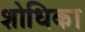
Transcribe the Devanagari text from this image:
शोधिका